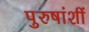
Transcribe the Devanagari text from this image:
पुरुषांशीं